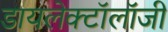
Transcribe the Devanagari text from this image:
डायलेक्टॉलॉजी